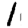
Digit: 1